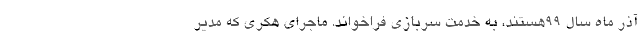
آذر ماه سال ۹۹هستند، به خدمت سربازی فراخواند. ماجرای هکری که مدیر